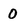
Character: 0